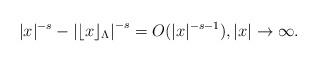
LaTeX: \begin{align*} |x|^{-s}-\left|\lfloor x\rfloor_{\Lambda}\right|^{-s}=O(|x|^{-s-1}), |x|\rightarrow\infty.\end{align*}